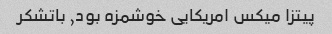
پیتزا میکس امریکایی خوشمزه بود, باتشکر